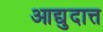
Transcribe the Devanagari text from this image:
आद्युदात्त